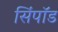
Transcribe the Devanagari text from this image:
सिंपॉड